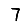
Digit: 7